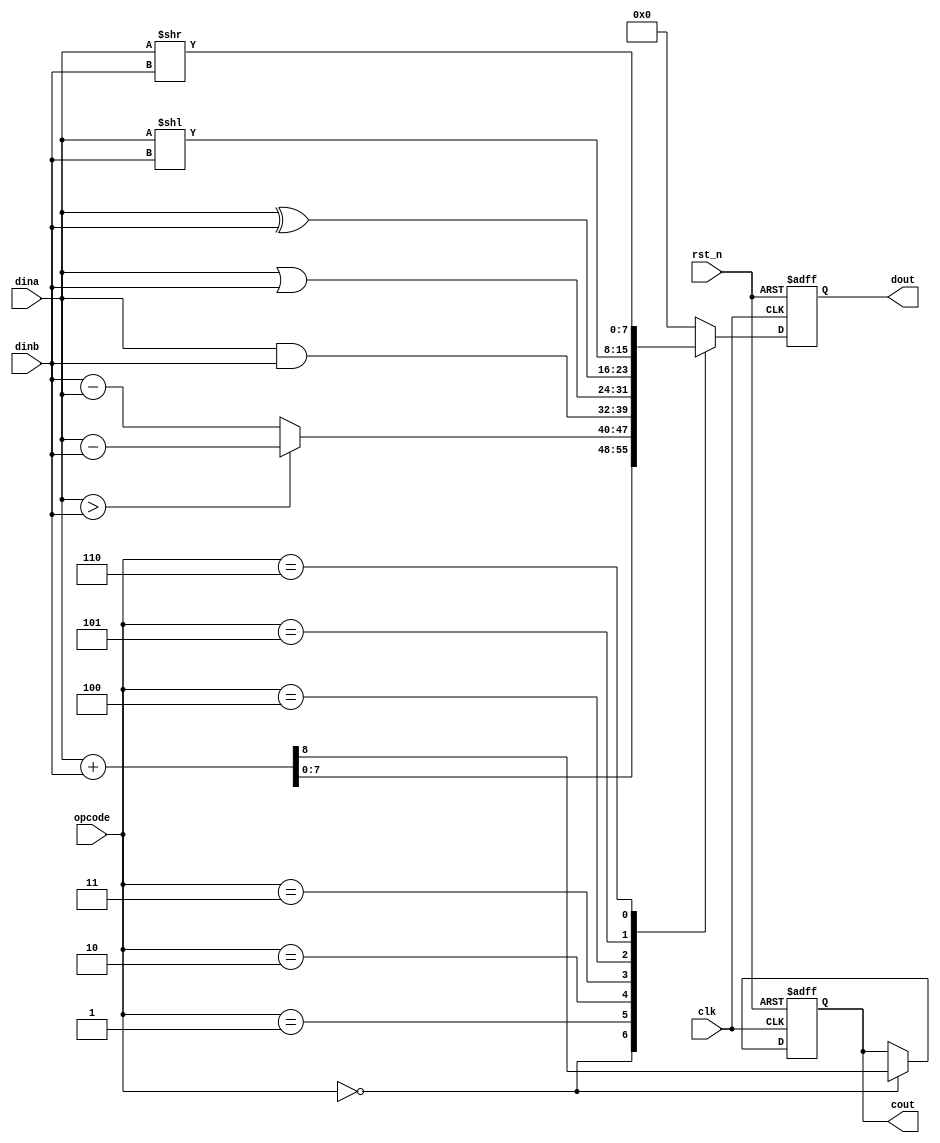
//ALU module

module ALU(clk,rst_n,opcode,dina,dinb,cout,dout);
	input clk;
	input rst_n;
	input [2:0] opcode;
	input [7:0] dina;
	input [7:0] dinb;
	output reg cout;
	output reg [7:0] dout;

	parameter op_add=3'b000;
	parameter op_sub=3'b001;
	parameter op_and=3'b010;
	parameter op_or=3'b011;
	parameter op_xor=3'b100;
	parameter op_sl=3'b101;
	parameter op_sr=3'b110;

	always @(posedge clk or negedge rst_n)
		begin
			if(!rst_n)
				begin
					cout<=1'b0;
					dout<=8'd0;
				end
			else
				begin
					case(opcode)
						op_add:{cout,dout}<=dina+dinb;
						op_sub:dout<=(dina>dinb)?(dina-dinb):(dinb-dina);
						op_and:dout<=dina&dinb;
						op_or:dout<=dina | dinb;
						op_xor:dout<=dina^dinb;
						op_sl:dout<=dina<<dinb;
						op_sr:dout<=dina>>dinb;
						default:dout<=8'd0;
					endcase
				end
		end
endmodule